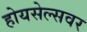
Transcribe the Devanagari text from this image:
होयसेल्सवर